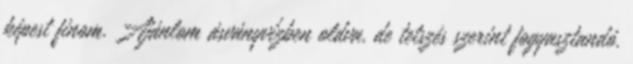
képest finom. Ajánlom ásványvízben oldva, de tetszés szerint fogyasztandó.